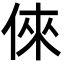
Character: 倈